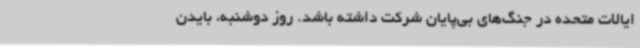
ایالات متحده در جنگ‌های بی‌پایان شرکت داشته باشد. روز دوشنبه، بایدن